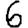
Digit: 6